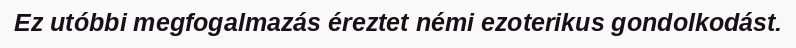
Ez utóbbi megfogalmazás éreztet némi ezoterikus gondolkodást.